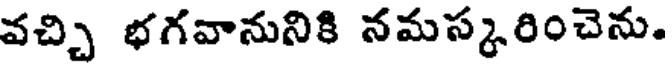
వచ్చి భగవానునికి నమస్కరించెను.